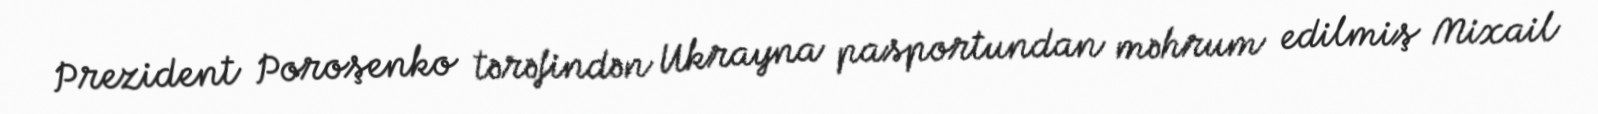
Prezident Poroşenko tərəfindən Ukrayna pasportundan məhrum edilmiş Mixail